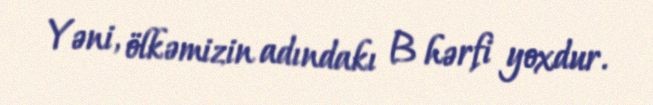
Yəni, ölkəmizin adındakı B hərfi yoxdur.